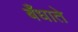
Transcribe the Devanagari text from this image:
बँधाते